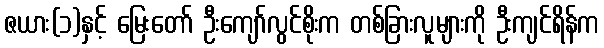
ဇယား(၁)နှင့် မြေးတော် ဦးကျော်လွင်စိုးက တစ်ခြားလူများကို ဦးကျင်ရိန်က